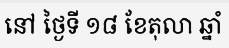
នៅ ថ្ងៃទី ១៨ ខែតុលា ឆ្នាំ